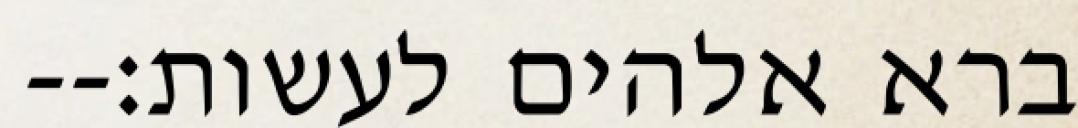
ברא אלהים לעשות׃--